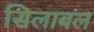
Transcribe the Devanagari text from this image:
सिलाबल